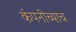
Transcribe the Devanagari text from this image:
कंपनीच्याच